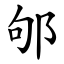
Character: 邭